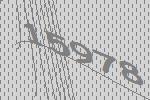
15978